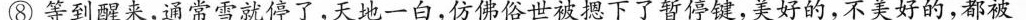
⑧等到醒来，通常雪就停了，天地一白，仿佛俗世被下了暂停健，美好的，不美好的，都被